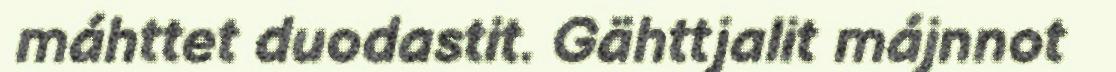
máhttet duodastit. Gähttjalit májnnot